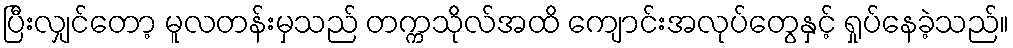
ပြီးလျှင်တော့ မူလတန်းမှသည် တက္ကသိုလ်အထိ ကျောင်းအလုပ်တွေနှင့် ရှုပ်နေခဲ့သည်။